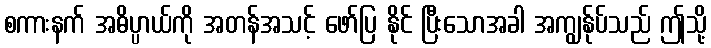
စကားနက် အဓိပ္ပာယ်ကို အတန်အသင့် ဖော်ပြ နိုင် ပြီးသောအခါ အကျွန်ုပ်သည် ဤသို့